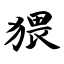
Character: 猥